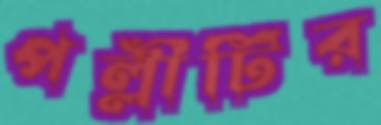
পল্লীটির